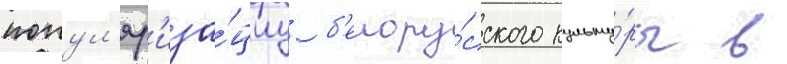
попул'яр'иза́циу б'елору́сского культу́ры в